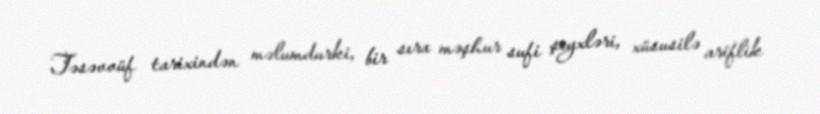
Təsəvvüf tarixindən məlumdurki, bir sıra məşhur sufi şeyxləri, xüsusilə ariflik